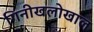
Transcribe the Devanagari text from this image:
गिनीखलोखाल